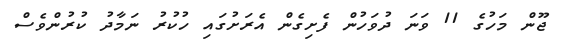
ޖޫން މަހުގެ 11 ވަނަ ދުވަހުން ފެށިގެން އެރަށުގައި ހުކުރު ނަމާދު ކުރުންވެސް